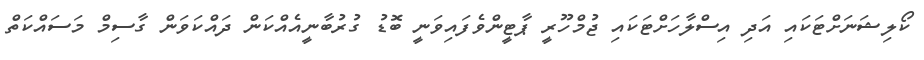
ކޯލިޝަނަށްޓަކައި އަދި އިސްލާހަށްޓަކައި ޖުމްހޫރީ ޕާޓީންވެފައިވަނީ ބޮޑު ގުރުބާނީއެއްކަން ދައްކަވަން ގާސިމް މަސައްކަތް